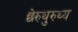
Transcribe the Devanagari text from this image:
छेरुथुरुथ्य